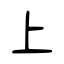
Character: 上